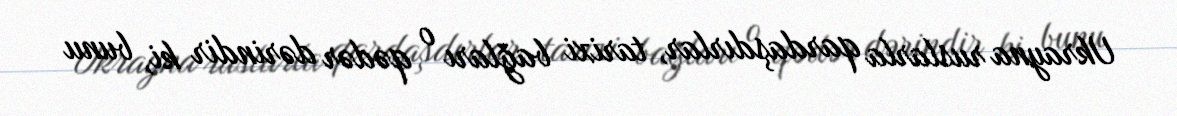
Ukrayna ruslarla qardaşdırlar, tarixi bağları o qədər dərindir ki, bunu